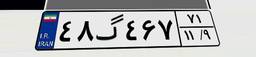
۴۸گ۴۶۷۷۱